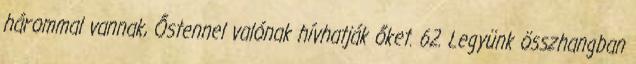
hárommal vannak, Őstennel valónak hívhatják őket. 62. Legyünk összhangban